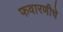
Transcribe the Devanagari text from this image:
फवारणीचे